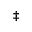
\ddagger